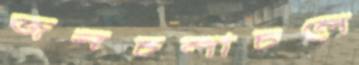
জনচলাচলে